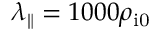
\lambda _ { \parallel } = 1 0 0 0 \rho _ { \mathrm { i 0 } }